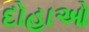
દોહાઓ